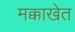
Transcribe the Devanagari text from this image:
मक्काखेत